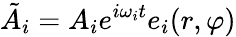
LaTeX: \tilde{A}_{i}=A_{i}e^{i\omega_{i}t}e_{i}(r,\varphi)